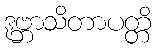
ဒုဗ္ဘာသိတာပတ္တိ